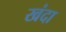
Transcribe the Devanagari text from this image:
खंदा